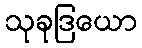
သုခုဒြယော